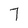
Character: 7